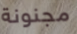
مجنونة